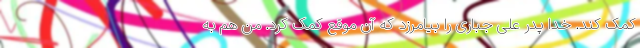
کمک کند. خدا پدر علی جباری را بیامرزد که آن موقع کمک کرد. من هم به